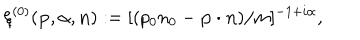
LaTeX: \xi ^ { ( 0 ) } ( { \bf p } , { \alpha } , { \bf n } ) : = [ ( p _ { 0 } n _ { 0 } - { \bf p } \cdot { \bf n } ) / m ] ^ { - 1 + i \alpha } ,